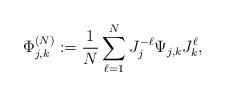
\begin{align*} \Phi_{j,k}^{(N)} := \frac{1}{N} \sum_{\ell=1}^{N} J_j^{-\ell} \Psi_{j,k} J_k^{\ell},\end{align*}